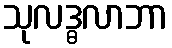
သုလဒ္ဓလာဘာ